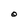
Character: O